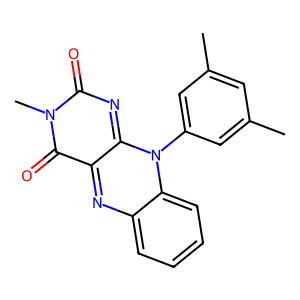
SMILES: Cc1cc(C)cc(-n2c3nc(=O)n(C)c(=O)c-3nc3ccccc32)c1
Inhibits HIV replication: No